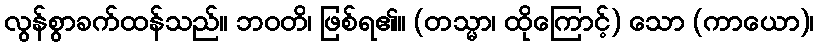
လွန်စွာခက်ထန်သည်။ ဘဝတိ၊ ဖြစ်ရ၏။ (တသ္မာ၊ ထိုကြောင့်) သော (ကာယော)၊